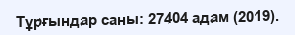
Тұрғындар саны: 27404 адам (2019).